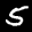
Label: 5